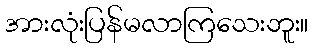
အားလုံးပြန်မလာကြသေးဘူး။